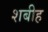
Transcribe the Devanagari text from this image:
शबीह